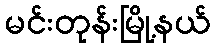
မင်းတုန်းမြို့နယ်